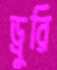
ড্রুরি